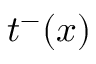
t ^ { - } ( x )